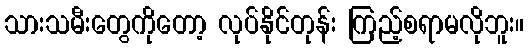
သားသမီးတွေကိုတော့ လုပ်နိုင်တုန်း ကြည့်စရာမလိုဘူး။